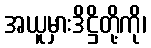
အယူမှားဒိဋ္ဌိတို့ကို၊